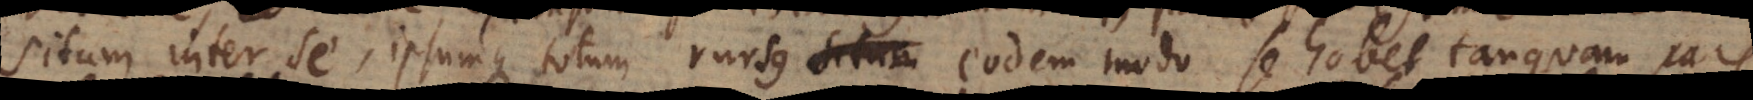
situm inter se, ipsumque totum rursus situm eodem modo se habet tanquam pars